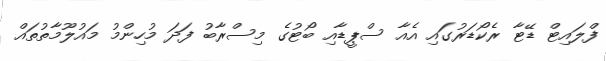
ފްލައިޓް ޑޭޓާ ރެކޯޑަރުގައި އެއާ ސްޕީޑާއި ބޯޓުގެ މިސްރާބު ފަދަ މުހިންމު މައުލޫމާތުތައް